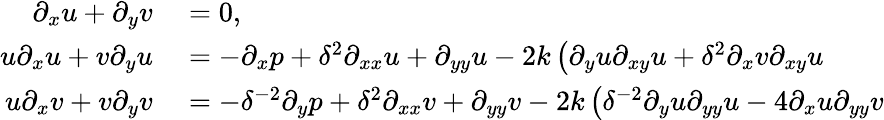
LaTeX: \begin{array}{rl}{\partial_{x}u+\partial_{y}v}&{{}=0,}\\ {u\partial_{x}u+v\partial_{y}u}&{{}=-\partial_{x}p+\delta^{2}\partial_{xx}u+\partial_{yy}u-2k\left(\partial_{y}u\partial_{xy}u+\delta^{2}\partial_{x}v\partial_{xy}u\right.}\\ {u\partial_{x}v+v\partial_{y}v}&{{}=-\delta^{-2}\partial_{y}p+\delta^{2}\partial_{xx}v+\partial_{yy}v-2k\left(\delta^{-2}\partial_{y}u\partial_{yy}u-4\partial_{x}u\partial_{yy}v\right.}\end{array}